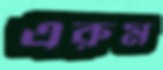
এরুম